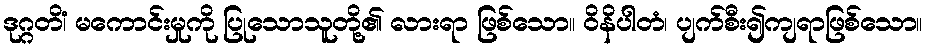
ဒုဂ္ဂတိံ၊ မကောင်းမှုကို ပြုသောသူတို့၏ လားရာ ဖြစ်သော။ ဝိနိပါတံ၊ ပျက်စီး၍ကျရာဖြစ်သော။